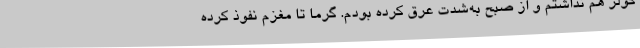
کولر هم نداشتم و از صبح به‌شدت عرق کرده بودم. گرما تا مغزم نفوذ کرده